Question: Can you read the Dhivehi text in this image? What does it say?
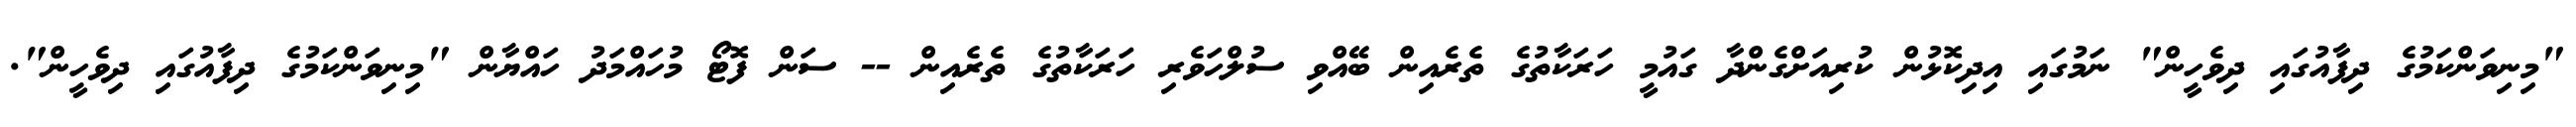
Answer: "މިނިވަންކަމުގެ ދިފާއުގައި ދިވެހީން" ނަމުގައި އިދިކޮޅުން ކުރިއަށްގެންދާ ގައުމީ ހަރަކާތުގެ ތެރެއިން ބޭއްވި ސުލްހަވެރި ހަރަކާތުގެ ތެރެއިން -- ސަން ފޮޓޯ މުހައްމަދު ހައްޔާން "މިނިވަންކަމުގެ ދިފާއުގައި ދިވެހީން".